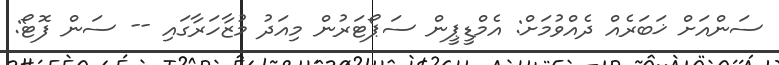
ސަންއަށް ޚަބަރެއް ދެއްވުމަށް: އެމްޑީޕީން ސަޕޯޓަރުން މިއަދު މުޒާހަރާގައި -- ސަން ފޮޓޯ: